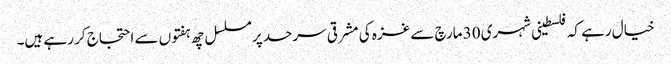
خیال رہے کہ فلسطینی شہری 30 مارچ سے غزہ کی مشرقی سرحد پر مسلسل چھ ہفتوں سے احتجاج کر رہے ہیں۔